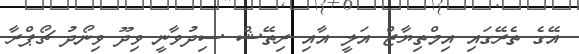
އޭގެ ތެރޭގައި އިމްތިޔާޒް އަލީ އާއި ރިތޭޝް ސިދުވާނީ ވިދޫ ވިނޯދު ޗޯޕްރާ